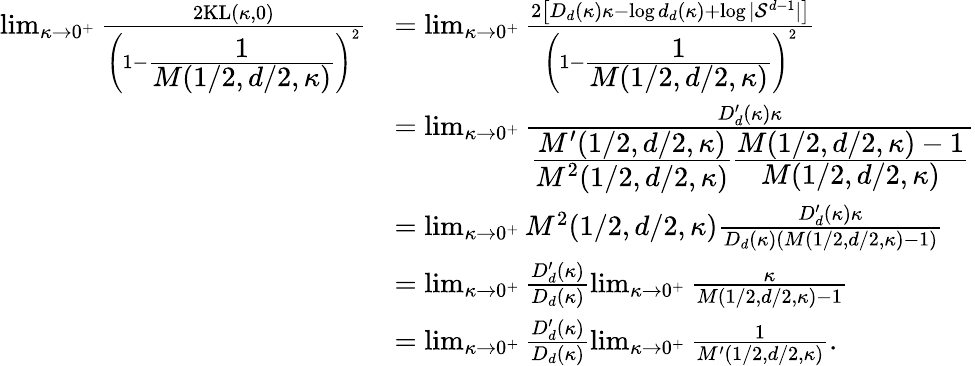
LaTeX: \begin{array}{rl}{\operatorname*{lim}_{\kappa\rightarrow 0^{+}}\frac{2\mathrm{KL}(\kappa,0)}{\left(1-\cfrac{1}{M(1/2,d/2,\kappa)}\right)^{2}}}&{=\operatorname*{lim}_{\kappa\rightarrow 0^{+}}\frac{2\left[D_{d}(\kappa)\kappa-\log d_{d}(\kappa)+\log|\mathcal{S}^{d-1}|\right]}{\left(1-\cfrac{1}{M(1/2,d/2,\kappa)}\right)^{2}}}\\ &{=\operatorname*{lim}_{\kappa\rightarrow 0^{+}}\frac{D_{d}^{\prime}(\kappa)\kappa}{\cfrac{M^{\prime}(1/2,d/2,\kappa)}{M^{2}(1/2,d/2,\kappa)}\cfrac{M(1/2,d/2,\kappa)-1}{M(1/2,d/2,\kappa)}}}\\ &{=\operatorname*{lim}_{\kappa\rightarrow 0^{+}}M^{2}(1/2,d/2,\kappa)\frac{D_{d}^{\prime}(\kappa)\kappa}{D_{d}(\kappa)(M(1/2,d/2,\kappa)-1)}}\\ &{=\operatorname*{lim}_{\kappa\rightarrow 0^{+}}\frac{D_{d}^{\prime}(\kappa)}{D_{d}(\kappa)}\operatorname*{lim}_{\kappa\rightarrow 0^{+}}\frac{\kappa}{M(1/2,d/2,\kappa)-1}}\\ &{=\operatorname*{lim}_{\kappa\rightarrow 0^{+}}\frac{D_{d}^{\prime}(\kappa)}{D_{d}(\kappa)}\operatorname*{lim}_{\kappa\rightarrow 0^{+}}\frac{1}{M^{\prime}(1/2,d/2,\kappa)}.}\end{array}